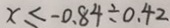
x \leq - 0 . 8 4 \div 0 . 4 2